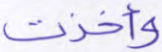
وأخذت